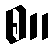
စ။